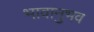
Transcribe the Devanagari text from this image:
भावानुभव